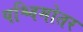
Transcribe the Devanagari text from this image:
पश्चिमोतर